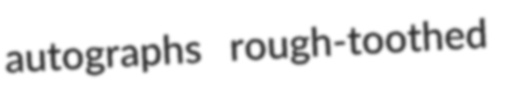
autographs rough-toothed